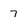
Character: 7